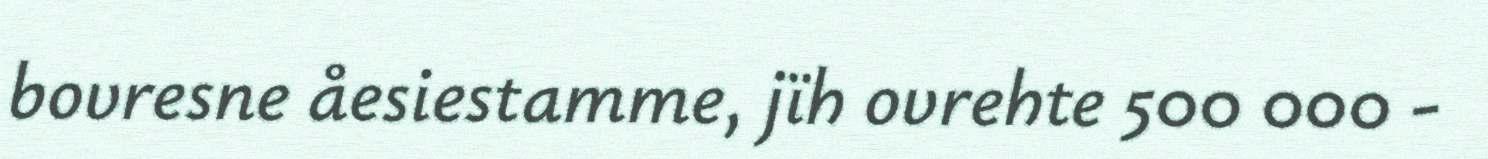
bovresne åesiestamme, jïh ovrehte 500 000 -